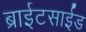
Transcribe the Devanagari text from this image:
ब्राईटसाईड